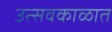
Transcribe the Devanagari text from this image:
उत्सवकाळात